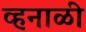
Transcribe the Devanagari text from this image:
व्हनाळी